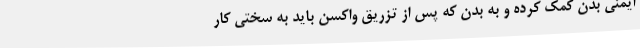
ایمنی بدن کمک کرده و به بدن که پس از تزریق واکسن باید به سختی کار